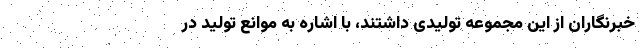
خبرنگاران از این مجموعه تولیدی داشتند، با اشاره به موانع تولید در